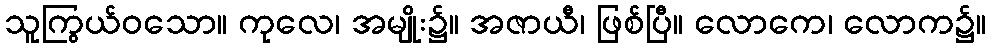
သူကြွယ်ဝသော။ ကုလေ၊ အမျိုး၌။ အဇာယီ၊ ဖြစ်ပြီ။ လောကေ၊ လောက၌။